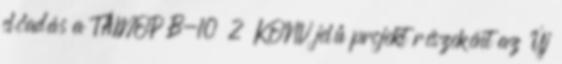
előadás a TÁMOP B-10 2 KONV jelű projekt részeként az Új